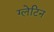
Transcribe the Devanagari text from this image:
ग्लेटिन